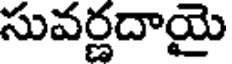
సువర్ణదాయై